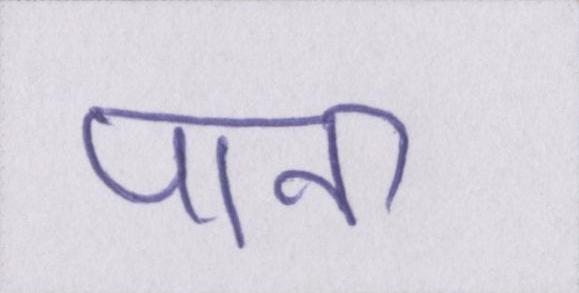
पाना